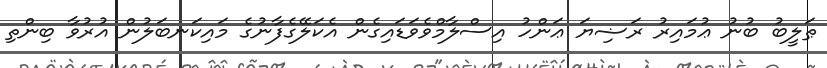
ޠަލީބު ބުނު ޢުމައިރު ރަޟިޔަ ޢަންހު އިސްލާމްވެވަޑައިގެން އެކަލޭގެފާނުގެ މައިކަނބަލުން އުރުވާ ބިންތި